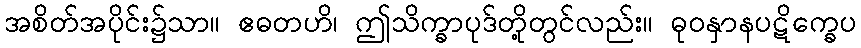
အစိတ်အပိုင်း၌သာ။ ဧဓတဟိ၊ ဤသိက္ခာပုဒ်တို့တွင်လည်း။ ဓုဝနှာနပဋိက္ခေပ